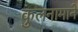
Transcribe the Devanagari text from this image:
कुलनामाने